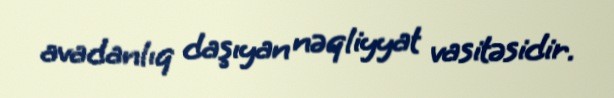
avadanlıq daşıyan nəqliyyat vasitəsidir.